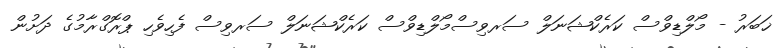
ޚަބަރު - މޯލްޑިވްސް ކަރެކްޝަނަލް ސަރވިސްމޯލްޑިވްސް ކަރެކްޝަނަލް ސަރވިސް ފެހިވެހި ޕްރޮގްރާމުގެ ދަށުން